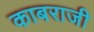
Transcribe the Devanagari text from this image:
काबराजी